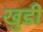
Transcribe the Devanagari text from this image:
खुडी